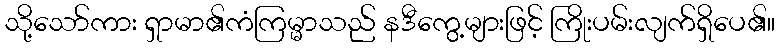
သို့သော်ကား ရှာမာ၏ကံကြမ္မာသည် နဒီကွေ့များဖြင့် ကြိုးပမ်းလျက်ရှိပေ၏။